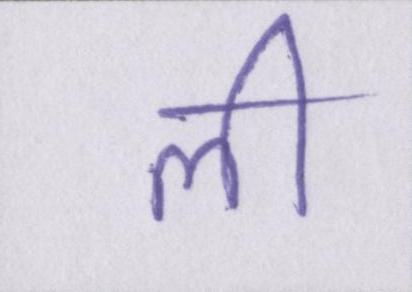
ली